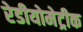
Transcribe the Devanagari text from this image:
रेडीयोमेट्रीक